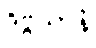
ဒိဗ္ဗယာနံ